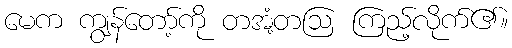
မေက ကျွန်တော့်ကို တအံ့တဩ ကြည့်လိုက်၏။